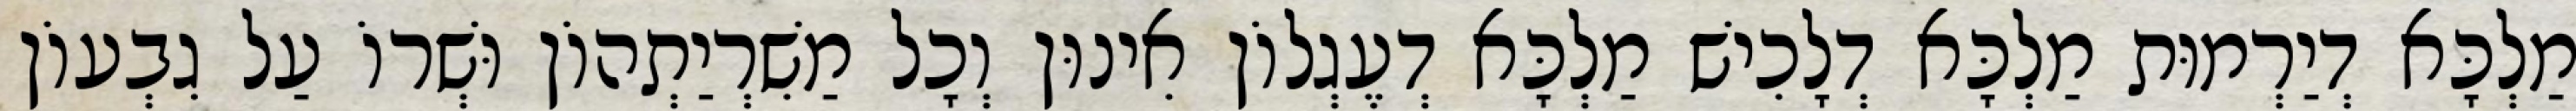
מַלְכָּא דְיַרְמוּת מַלְכָּא דְלָכִישׁ מַלְכָּא דְעֶגְלוֹן אִינוּן וְכָל מַשִׁרְיַתְהוֹן וּשְׁרוֹ עַל גִבְעוֹן